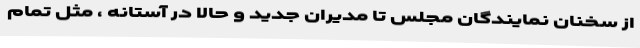
از سخنان نمایندگان مجلس تا مدیران جدید و حالا در آستانه ، مثل تمام